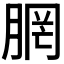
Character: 𪱣